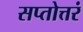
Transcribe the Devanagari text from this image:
सप्तोत्तरं